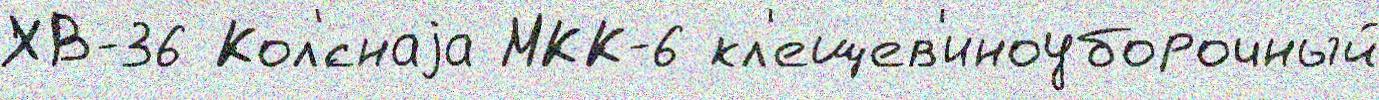
ХВ-36 Кол'́снаjа МКК-6 кл'ещев'иноуборочный